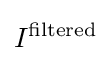
I^{\text{filtered}}